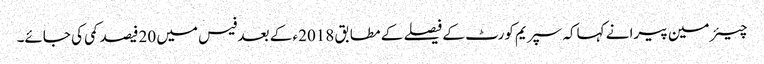
چیئر مین پیرا نے کہاکہ سپریم کورٹ کے فیصلے کے مطابق 2018ء کے بعد فیس میں 20فیصد کمی کی جائے۔